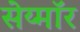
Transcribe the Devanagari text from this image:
सेय्मॉर